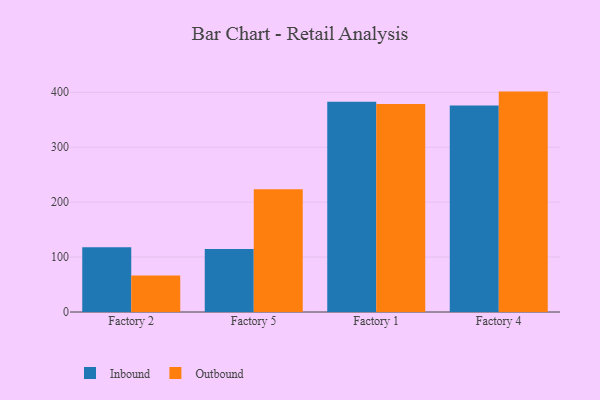
{"axis": {"x": "Factory", "y": "Temperature (°C)"}, "legend": ["Inbound", "Outbound"], "data": [{"x": "Factory 2", "y": 117.8, "type": "Inbound"}, {"x": "Factory 2", "y": 66.5, "type": "Outbound"}, {"x": "Factory 5", "y": 114.6, "type": "Inbound"}, {"x": "Factory 5", "y": 223.6, "type": "Outbound"}, {"x": "Factory 1", "y": 382.5, "type": "Inbound"}, {"x": "Factory 1", "y": 378.6, "type": "Outbound"}, {"x": "Factory 4", "y": 376.0, "type": "Inbound"}, {"x": "Factory 4", "y": 401.2, "type": "Outbound"}]}